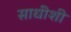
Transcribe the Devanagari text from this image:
साधीशी